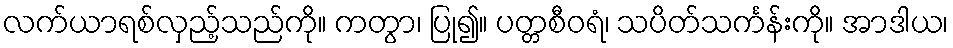
လက်ယာရစ်လှည့်သည်ကို။ ကတွာ၊ ပြု၍။ ပတ္တစီဝရံ၊ သပိတ်သင်္ကန်းကို။ အာဒါယ၊